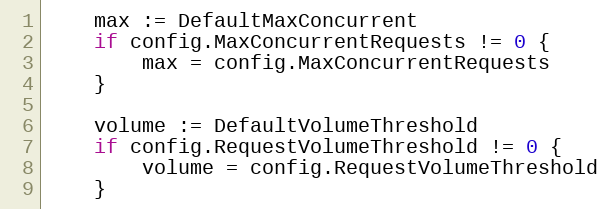
Language: Go
	max := DefaultMaxConcurrent
	if config.MaxConcurrentRequests != 0 {
		max = config.MaxConcurrentRequests
	}

	volume := DefaultVolumeThreshold
	if config.RequestVolumeThreshold != 0 {
		volume = config.RequestVolumeThreshold
	}